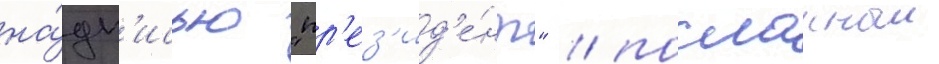
на́дп'исью "пр'ез'ид'е́нт" / посланныи